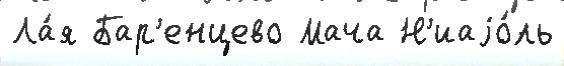
Ла́я Бар'енцево Мача Н'иаjо́ль